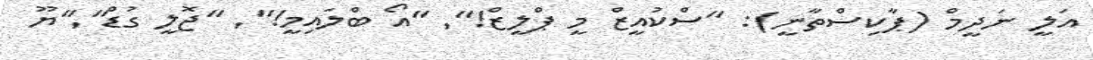
އަލީ ނަދީމް (ޕާކިސްތާނީ): "ސްކުއީޒް މީ ޕްލީޒް!"